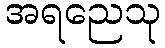
အရညေသု